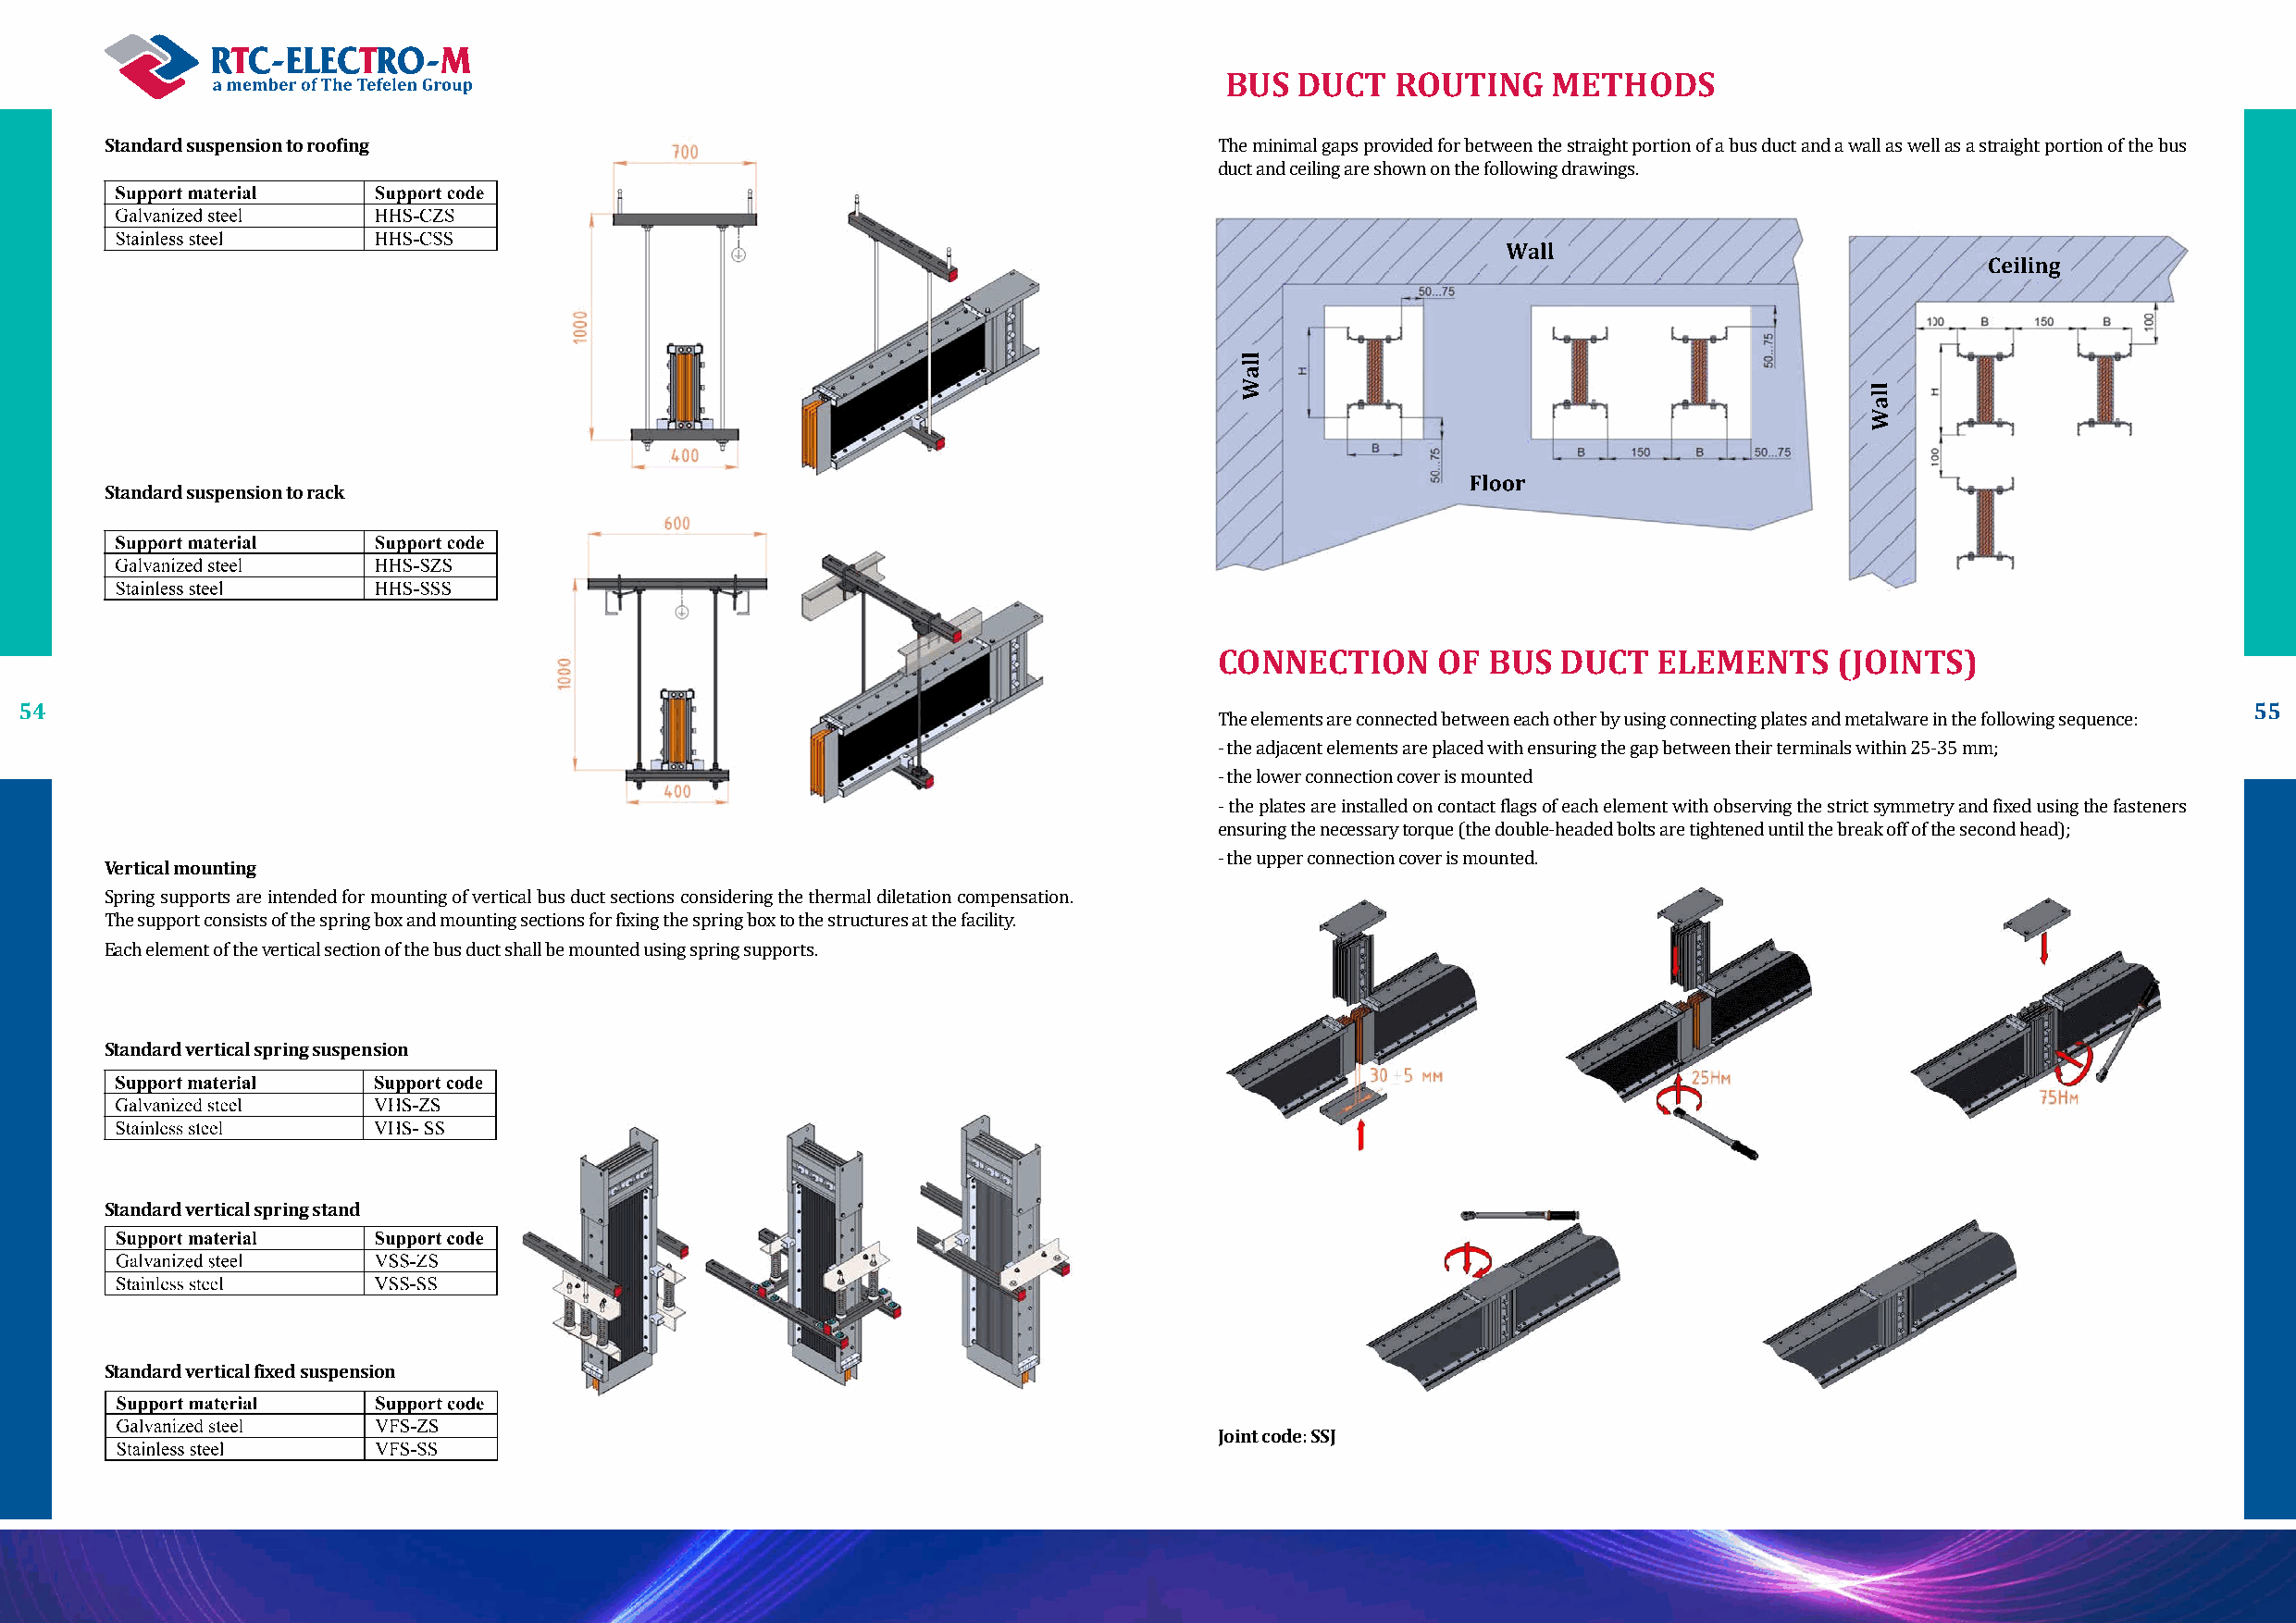
BUS  DUCT   ROUTING    METHODS
 Standard suspension to roofing
 The minimal gaps provided for between the straight portion of a bus duct and a wall as well as a straight portion of the bus
 duct and ceiling are shown on the following drawings.
 Standard suspension to rack
 CONNECTION      OF BUS   DUCT   ELEMENTS    (JOINTS)
 54                                                                                                                                                              55
 The elements are connected between each other by using connecting plates and metalware in the following sequence:
 - the adjacent elements are placed with ensuring the gap between their terminals within 25-35 mm;
 - the lower connection cover is mounted
 - the plates are installed on contact flags of each element with observing the strict symmetry and fixed using the fasteners
 Vertical mounting                                                               ensuring the necessary torque (the double-headed bolts are tightened until the break off of the second head);
 - the upper connection cover is mounted.
 Spring supports are intended for mounting of vertical bus duct sections considering the thermal diletation compensation.
 The support consists of the spring box and mounting sections for fixing the spring box to the structures at the facility.
 Each element of the vertical section of the bus duct shall be mounted using spring supports.
 Standard vertical spring suspension
 Standard vertical spring stand
 Standard vertical fixed suspension
 Joint code: SSJ